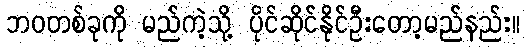
ဘဝတစ်ခုကို မည်ကဲ့သို့ ပိုင်ဆိုင်နိုင်ဦးတော့မည်နည်း။